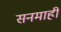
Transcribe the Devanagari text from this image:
सनमाही